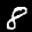
Label: 8